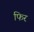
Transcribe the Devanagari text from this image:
फिर